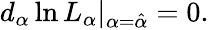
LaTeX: d_{\alpha}\ln L_{\alpha}|_{\alpha=\hat{\alpha}}=0.